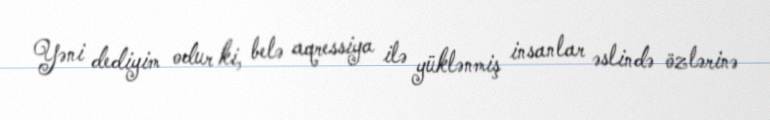
Yəni dediyim odur ki, belə aqressiya ilə yüklənmiş insanlar əslində özlərinə